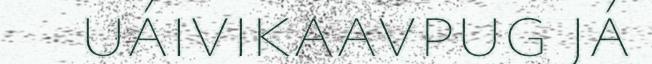
uáivikaavpug já